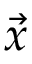
\vec { x }